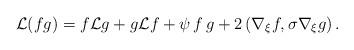
LaTeX: \begin{align*}\mathcal{L}(fg)=f \mathcal{L}g+ g\mathcal{L}f + \psi\,f\,g+2\left(\nabla_\xi f,\sigma \nabla_\xi g\right).\end{align*}